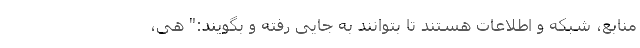
منابع، شبکه و اطلاعات هستند تا بتوانند به جایی رفته و بگویند:" هی،